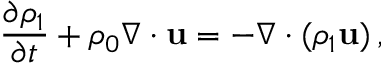
{ \frac { \partial \rho _ { 1 } } { \partial t } } + \rho _ { 0 } \nabla \cdot { \bf u } = - \nabla \cdot ( \rho _ { 1 } { \bf u } ) \, ,